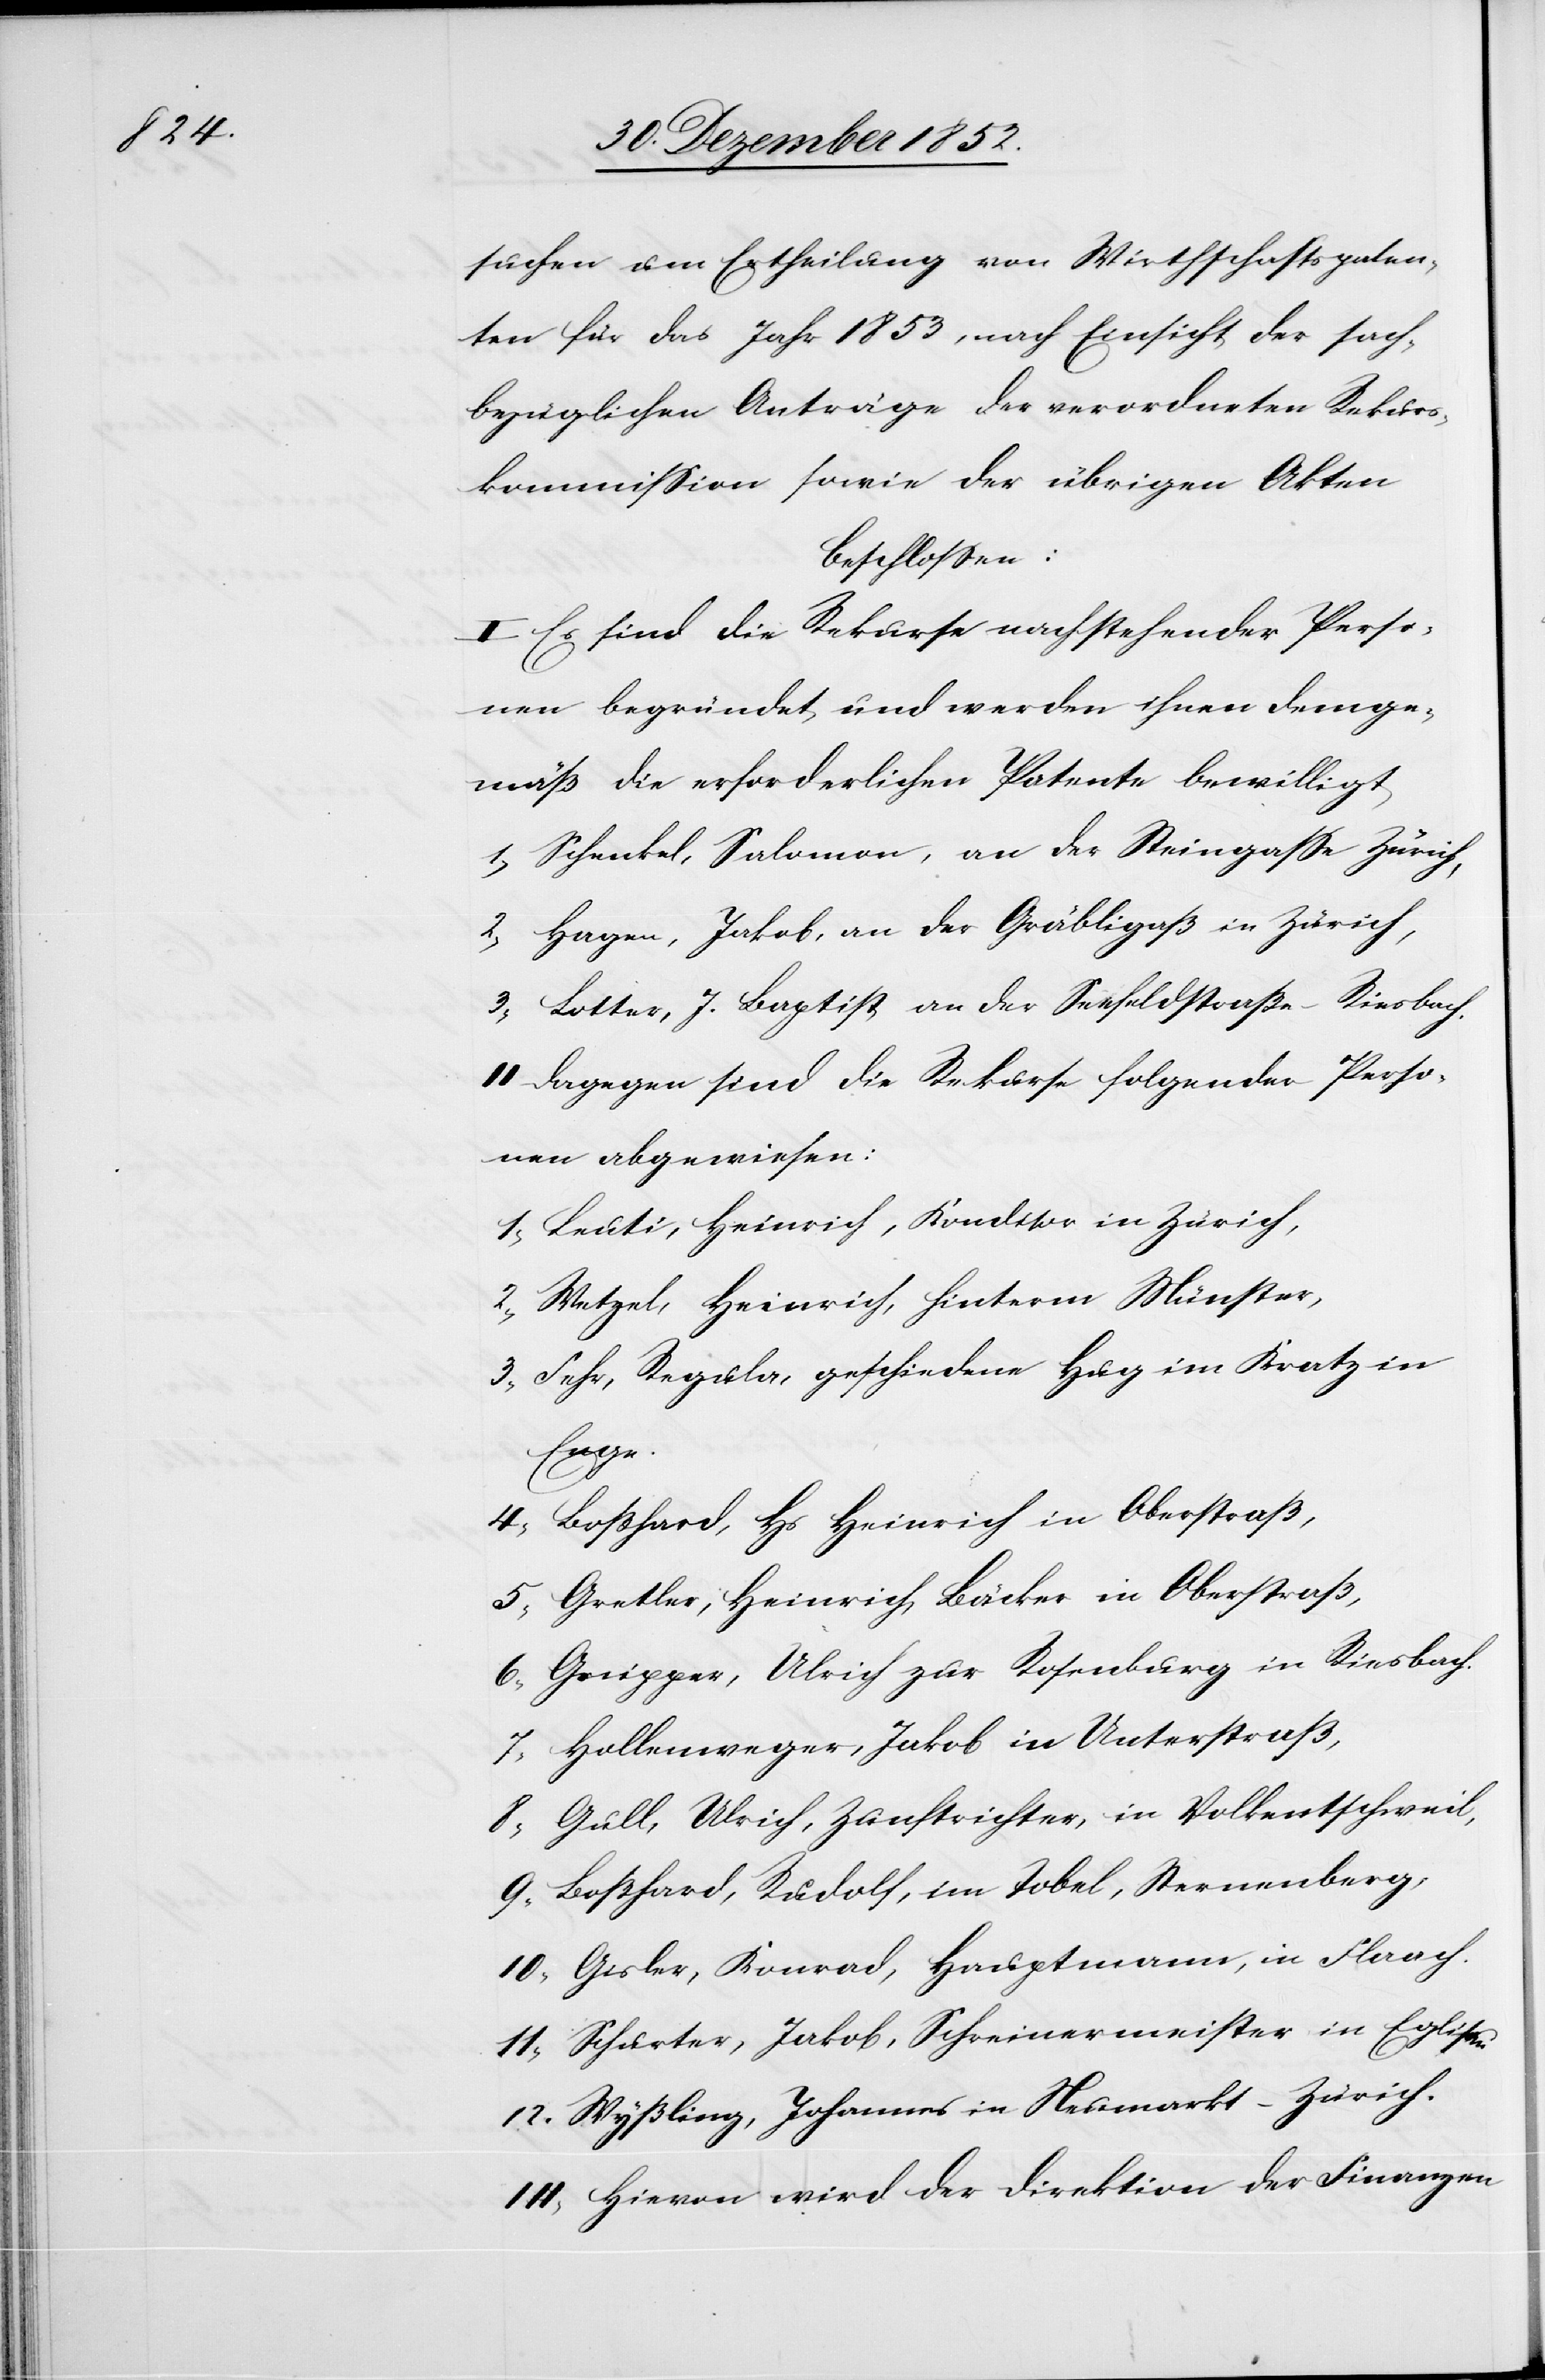
suchen um Ertheilung von Wirthschaftspaten¬
ten für das Jahr 1853, nach Einsicht der sach¬
bezüglichen Anträge der verordneten Rekurs¬
kommission sowie der übrigen Akten
beschlossen:
I Es sind die Rekurse nachstehender Perso¬
nen begründet und werden ihnen demge¬
mäß die erforderlichen Patente bewilligt
Schenkel, Salomon, an der Steingasse Zürich,
Hagen, Jakob, an der Gräbligaß in Zürich,
Lotter, J. Baptist an der Seefeldstraße – Riesbach.
II Dagegen sind die Rekurse folgender Perso¬
nen abgewiesen:
Leuti, Heinrich, Konditor in Zürich,
Wetzel, Heinrich, hinterm Münster,
Fehr, Regula, geschiedene Hug im Kratz in
Enge.
Boßhard, Hs Heinrich in Oberstraß,
Gretler, Heinrich, Bäcker in Oberstraß,
Gr[?e]ipper, Ulrich zur Rosenburg in Riesbach.
Hollenweger, Jakob in Unterstraß,
Gull, Ulrich, Zunftrichter, in Volkentschweil,
Boßhard, Rudolf, im Tobel, Sternenberg,
Gisler, Konrad, Hauptmann, in Flaach.
Schurter, Jakob, Schreinermeister in Eglisau
Wyßling, Johannes in Neumarkt – Zürich.
III, Hievon wird der Direktion der Finanzen